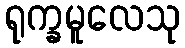
ရုက္ခမူလေသု